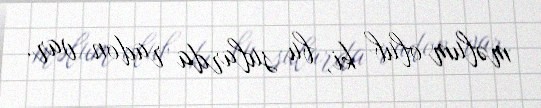
məlum olub ki, bu sularda radon var.